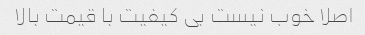
اصلا خوب نیست بی کیفیت با قیمت بالا